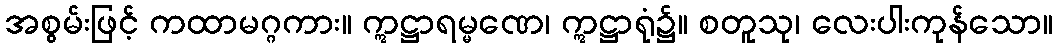
အစွမ်းဖြင့် ကထာမဂ္ဂကား။ ဣဋ္ဌာရမ္မဏေ၊ ဣဋ္ဌာရုံ၌။ စတူသု၊ လေးပါးကုန်သော။